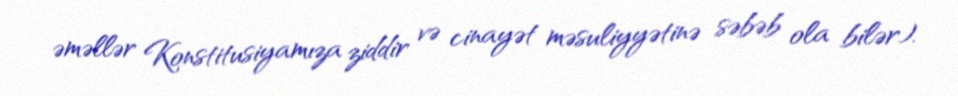
əməllər Konstitusiyamıza ziddir və cinayət məsuliyyətinə səbəb ola bilər).